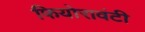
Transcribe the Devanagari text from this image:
फियोरावंटी